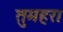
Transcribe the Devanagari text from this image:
तुमहरा